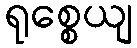
ရုစ္စေယျ